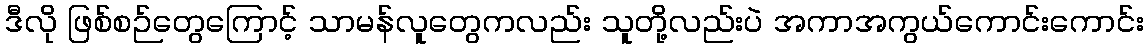
ဒီလို ဖြစ်စဉ်တွေကြောင့် သာမန်လူတွေကလည်း သူတို့လည်းပဲ အကာအကွယ်ကောင်းကောင်း